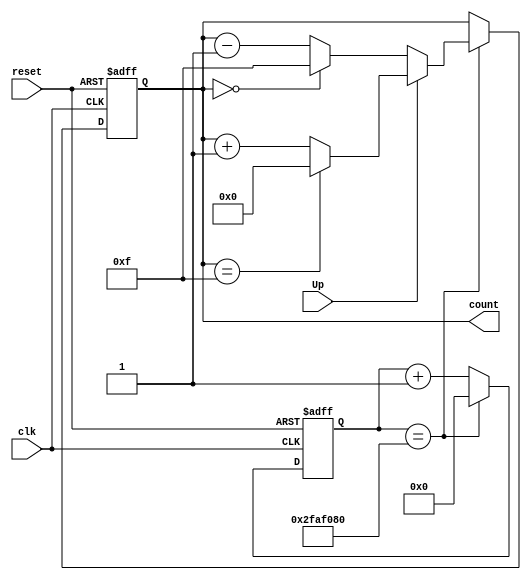
`timescale 1ns/1ns
module up_down_counter (
    clk,reset,Up,count
);
input clk,reset,Up;
output reg [3:0]count=0;
parameter W=50000000;
reg [31:0] inti_counti;
always @(negedge(clk) or posedge(reset) )begin
if(reset)
begin
inti_counti=32'b0;
end
else
begin
if(inti_counti==W)
begin
inti_counti=32'b0;
end
else
begin
inti_counti=inti_counti+1;
end
end
end
always @(negedge(clk) or posedge(reset) )begin
    if(reset==1)
    begin
        count=0;

    end
    else
    begin
   if(inti_counti==W)
begin
        if(Up==1)
        begin
          if(count==15)count=0;
          else count=count+1;
        end
        else
        begin
            if(count==0)count=15;
            else count=count-1;
        end
    end
else
begin
count=count;
end
end
end

endmodule